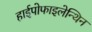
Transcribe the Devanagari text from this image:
हाईपोफाइलेन्थिन